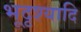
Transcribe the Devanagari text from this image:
भूदृश्यादि